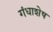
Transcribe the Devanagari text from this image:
गंधाशेष